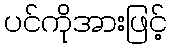
ပင်ကိုအားဖြင့်